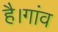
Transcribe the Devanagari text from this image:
है।गांव